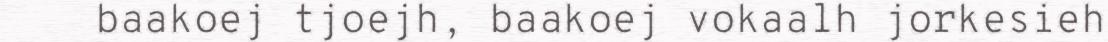
baakoej tjoejh, baakoej vokaalh jorkesieh